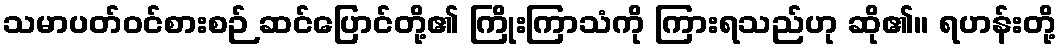
သမာပတ်ဝင်စားစဉ် ဆင်ပြောင်တို့၏ ကြိုးကြာသံကို ကြားရသည်ဟု ဆို၏။ ရဟန်းတို့